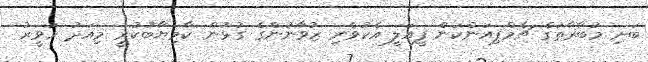
ބަށި މުބާރާތުގެ ޗެމްޕިއަންކަން ފީއަލީ އެކުވެރި ޒުވާނުންގެ ގުޅުން ކާމިޔާބުކުރީ މިއަދު ހަވީރު